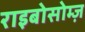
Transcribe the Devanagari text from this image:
राइबोसोम्ज़